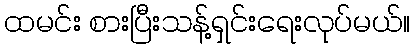
ထမင်း စားပြီးသန့်ရှင်းရေးလုပ်မယ်။